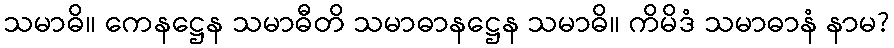
သမာဓိ။ ကေနဋ္ဌေန သမာဓီတိ သမာဓာနဋ္ဌေန သမာဓိ။ ကိမိဒံ သမာဓာနံ နာမ?